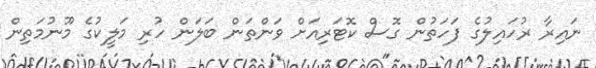
ނައިރާ ރުހައިލުގެ ފަހަތުން ގޮސް ކޮޓަރިއަށް ވަންތަން ބަލަން ހުރި މަލީކުގެ މޫނުމަތިން